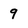
Character: 9